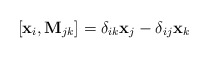
\begin{align*}[{\bf{x}}_i,{\bf{M}}_{jk}] = \delta_{ik}{\bf{x}}_j -\delta_{ij}{\bf{x}}_k\end{align*}